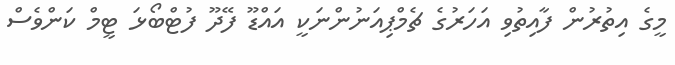
މީގެ އިތުރުން ފާއިތުވި އަހަރުގެ ޗެމްޕިއަނުންނަކީ އައްޑޫ ފޭދޫ ފުޓްބޯޅަ ޓީމް ކަންވެސް